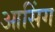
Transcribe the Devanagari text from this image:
आसिंग